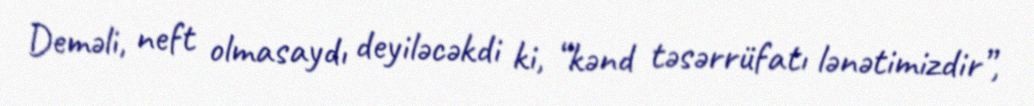
Deməli, neft olmasaydı deyiləcəkdi ki, “kənd təsərrüfatı lənətimizdir”,